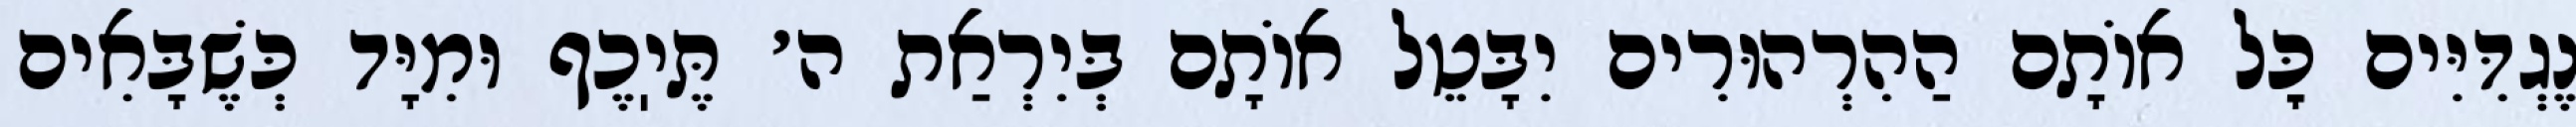
נֶגְדִּיִּים כׇּל אוֹתָם הַהִרְהוּרִים יִבָּטֵל אוֹתָם בְּיִרְאַת ה׳ תֶּיֽכֶף וּמִיָּד כְּשֶׁבָּאִים